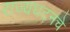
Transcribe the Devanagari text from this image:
राज्यघटनचे